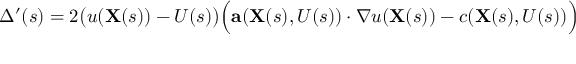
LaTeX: \Delta ^ { \prime } ( s ) = 2 { \big ( } u ( \mathbf { X } ( s ) ) - U ( s ) { \big ) } { \Big ( } \mathbf { a } ( \mathbf { X } ( s ) , U ( s ) ) \cdot \nabla u ( \mathbf { X } ( s ) ) - c ( \mathbf { X } ( s ) , U ( s ) ) { \Big ) }